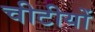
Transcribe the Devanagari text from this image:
चीटीयों